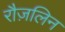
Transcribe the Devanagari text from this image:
रौज़लिन